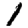
Digit: 1